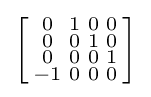
\left[{\begin{smallmatrix}0&1&0&0\\0&0&1&0\\0&0&0&1\\-1&0&0&0\\\end{smallmatrix}}\right]